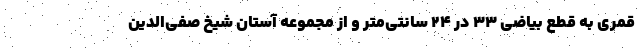
قمری به قطع بیاضی ۳۳ در ۲۴ سانتی‌متر و از مجموعه آستان شیخ صفی‌الدین